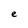
Character: e